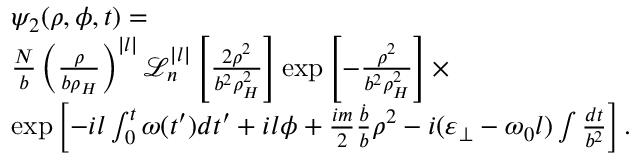
\begin{array} { r l } & { \psi _ { 2 } ( \rho , \phi , t ) = } \\ & { \frac { N } { b } \left( \frac { \rho } { b \rho _ { H } } \right) ^ { | l | } \mathcal { L } _ { n } ^ { | l | } \left[ \frac { 2 \rho ^ { 2 } } { b ^ { 2 } \rho _ { H } ^ { 2 } } \right] \exp \left[ - \frac { \rho ^ { 2 } } { b ^ { 2 } \rho _ { H } ^ { 2 } } \right] \times } \\ & { \exp \left[ - i l \int _ { 0 } ^ { t } \omega ( t ^ { \prime } ) d t ^ { \prime } + i l \phi + { \frac { i m } { 2 } \frac { \dot { b } } { b } \rho ^ { 2 } } - i ( \varepsilon _ { \perp } - \omega _ { 0 } l ) \int \frac { d t } { b ^ { 2 } } \right] . } \end{array}